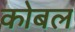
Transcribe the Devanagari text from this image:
कोबल